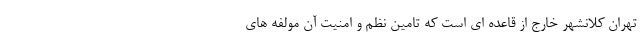
تهران کلانشهر خارج از قاعده ای است که تامین نظم و امنیت آن مولفه های